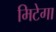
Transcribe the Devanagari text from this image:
मिटेगा